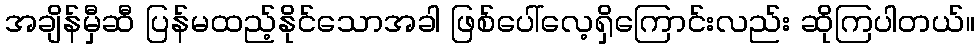
အချိန်မှီဆီ ပြန်မထည့်နိုင်သောအခါ ဖြစ်ပေါ်လေ့ရှိကြောင်းလည်း ဆိုကြပါတယ်။